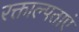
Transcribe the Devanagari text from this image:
रक्ताल्पताएं